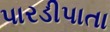
પારડીપાતા